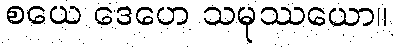
စယေ ဒေဟေ သမုဿယော။